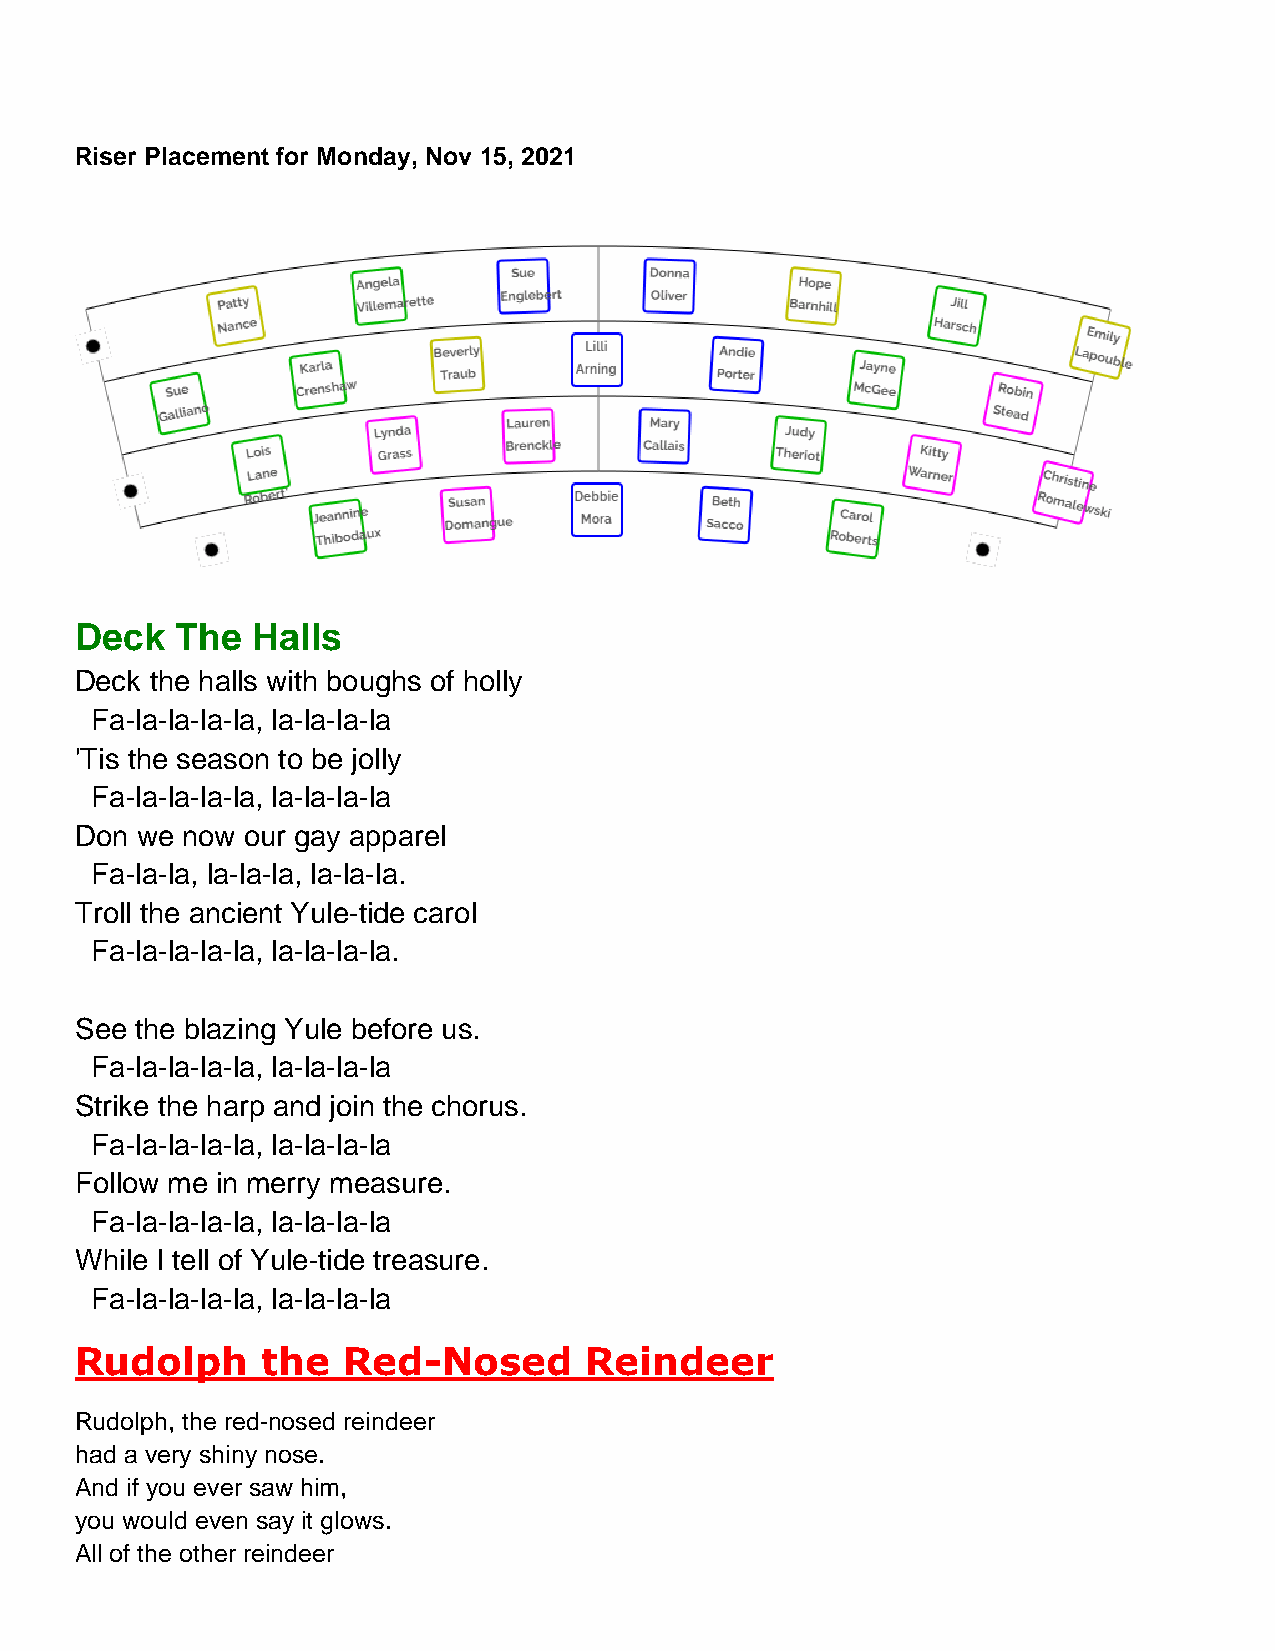
Riser Placement for Monday, Nov 15, 2021
 Deck   The  Halls
 Deck the halls with boughs of holly
 Fa-la-la-la-la, la-la-la-la
 'Tis the season to be jolly
 Fa-la-la-la-la, la-la-la-la
 Don we now our gay apparel
 Fa-la-la, la-la-la, la-la-la.
 Troll the ancient Yule-tide carol
 Fa-la-la-la-la, la-la-la-la.
 See the blazing Yule before us.
 Fa-la-la-la-la, la-la-la-la
 Strike the harp and join the chorus.
 Fa-la-la-la-la, la-la-la-la
 Follow me in merry measure.
 Fa-la-la-la-la, la-la-la-la
 While I tell of Yule-tide treasure.
 Fa-la-la-la-la, la-la-la-la
 Rudolph     the   Red-Nosed       Reindeer
 Rudolph, the red-nosed reindeer
 had a very shiny nose.
 And if you ever saw him,
 you would even say it glows.
 All of the other reindeer